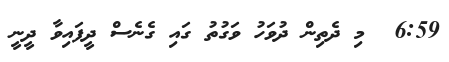
6:59  މި ދެތިން ދުވަހު ވަގުތު ގައި ގެނެސް ދީފައިވާ ދީނީ